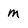
Character: m